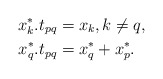
\begin{align*}x_k^*.t_{pq}&=x_k,k\ne q,\\x_q^*.t_{pq}&=x_q^*+x_p^*.\end{align*}